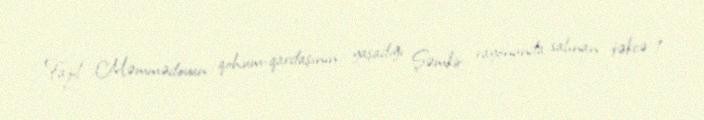
Fazil Məmmədovun qohum-qardaşının yaşadığı Şəmkir rayonunda salınan təkcə 1